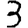
Digit: 3